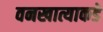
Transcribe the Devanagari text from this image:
वनखात्याकडे